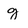
Character: g